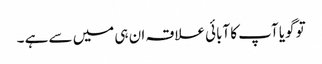
تو گویا آپ کا آبائی علاقہ ان ہی میں سے ہے ۔